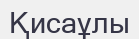
Қисаұлы